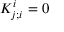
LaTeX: K _ { j ; i } ^ { i } = 0